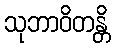
သုဘာဝိတန္တိ